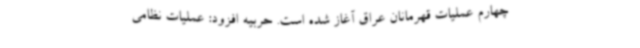
چهارم عملیات قهرمانان عراق آغاز شده است. حربیه افزود: عملیات نظامی